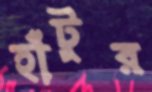
হাঁটুর